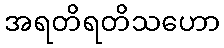
အရတိရတိသဟော